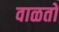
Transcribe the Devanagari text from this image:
वाळतो